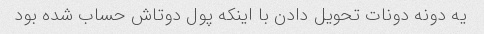
یه دونه دونات تحویل دادن با اینکه پول دوتاش حساب شده بود